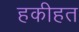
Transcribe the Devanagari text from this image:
हकीहत